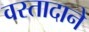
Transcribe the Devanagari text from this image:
वस्तादाने